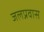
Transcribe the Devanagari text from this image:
जलप्रवास